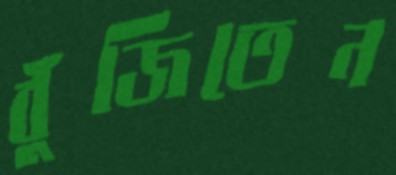
বুঁজিতেন